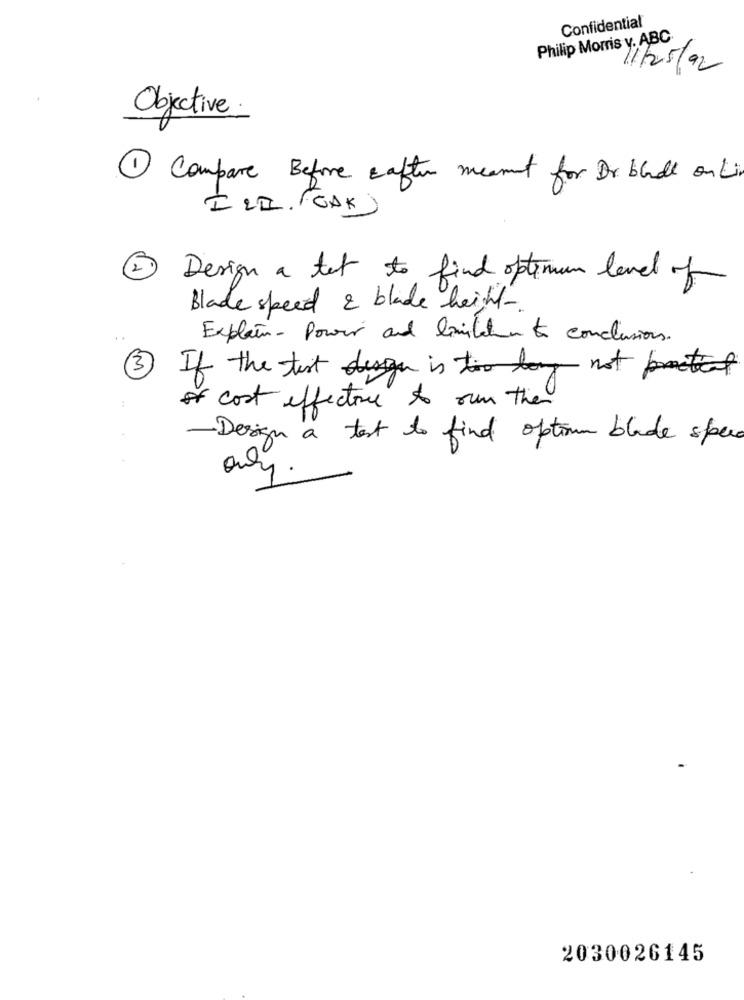
Confidential
Philip Morris y. ABC
11/25/92
Objective.
1 Compare Before after meant for Dr. blade on Lin
ILII. CAK
2 Design a tet to find optimum level of
Blade speed & blade height.
Explain- Power and limitate to conclusions.
If the text den is too long not practical
3
of cost effective to our the
·Design a test to find optim blade spec
03
4.
2030026145